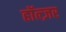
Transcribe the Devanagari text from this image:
हॉल्ज़र